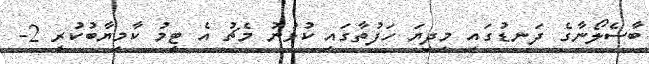
ބާސެލޯނާގެ ދަނޑުގައި މިދިޔަ ހަފުތާގައި ކުޅުނު މެޗު އެ ޓީމު ކާމިޔާބުކުރީ 2-